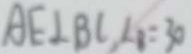
A E \bot B C , \angle 1 = 3 0